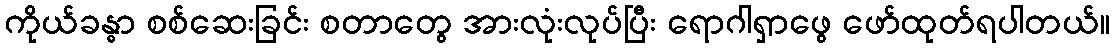
ကိုယ်ခန္ဓာ စစ်ဆေးခြင်း စတာတွေ အားလုံးလုပ်ပြီး ရောဂါရှာဖွေ ဖော်ထုတ်ရပါတယ်။